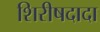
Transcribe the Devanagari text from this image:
शिरीषदादा